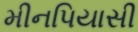
મીનપિયાસી